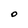
Character: O